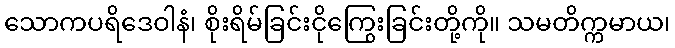
သောကပရိဒေဝါနံ၊ စိုးရိမ်ခြင်းငိုကြွေးခြင်းတို့ကို။ သမတိက္ကမာယ၊